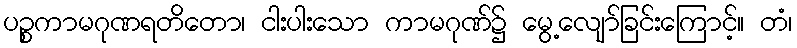
ပဉ္စကာမဂုဏရတိတော၊ ငါးပါးသော ကာမဂုဏ်၌ မွေ့လျော်ခြင်းကြောင့်။ တံ၊